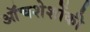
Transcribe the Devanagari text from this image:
ऑंचशेशोंकी